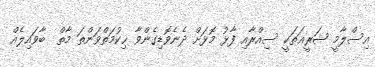
އިސްލާމީ ޝަރީޢަތަކީ ސިއްރާއި ފާޅު މޮޅަށް ދެނެވޮޑިގެންވާ ޙިކުމަތްވަންތަ މާތް  ބާވައިލެއް